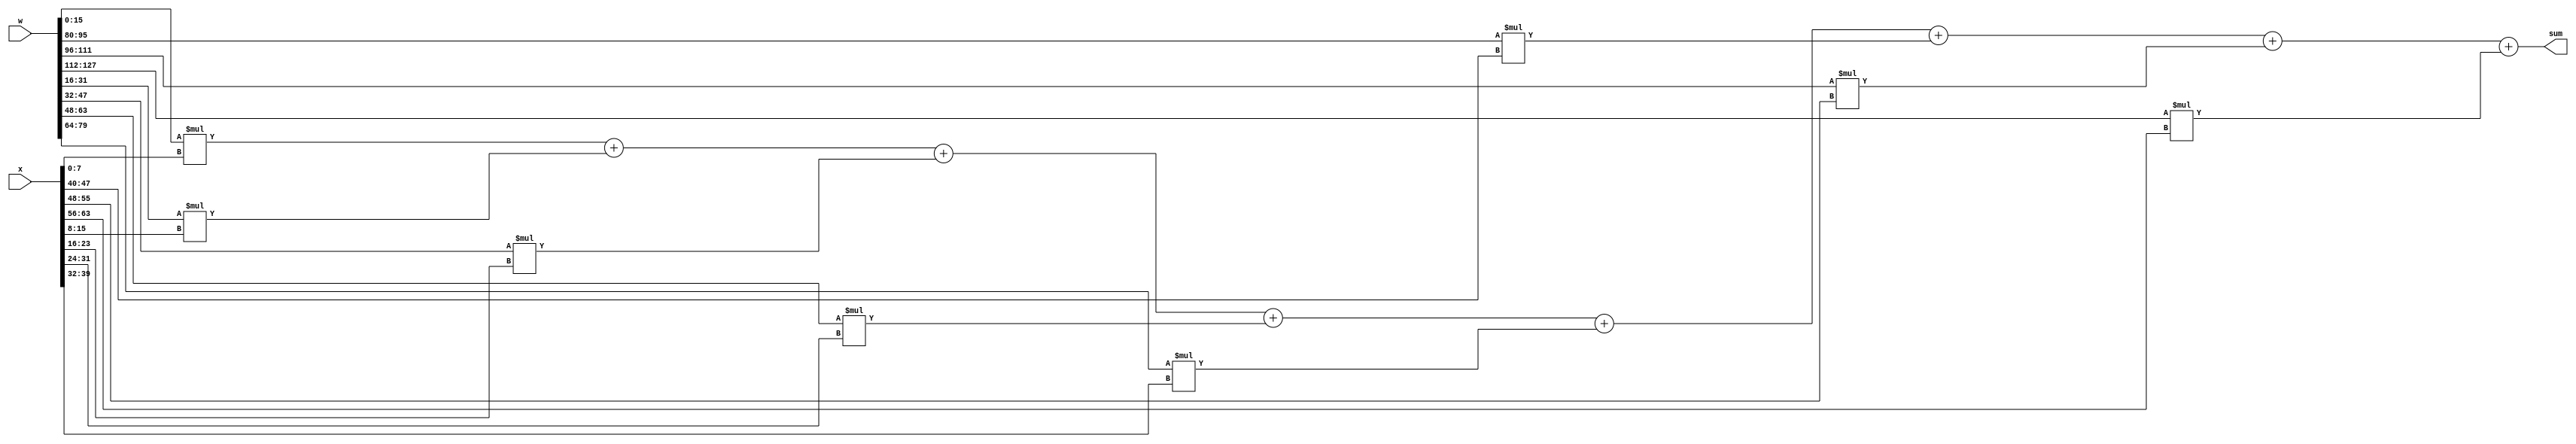
// This program was cloned from: https://github.com/VeriGOOD-ML/public
// License: Apache License 2.0

//
//      verilog template for inner product in Axiline
//

module ip#(
    parameter bitwidth =16,
	parameter inputBitwidth=8,
    parameter size=8
)(
    input[inputBitwidth*size-1:0] x,
    input[bitwidth*size-1:0] w,
    output [bitwidth-1:0]sum
);

    genvar i;
	wire [bitwidth-1:0]isum[size-1:0];
    generate
        for (i=0;i<size;i=i+1)begin: LOOP
            //wire [bitwidth-1:0]isum;
            if (i==0)begin
                assign isum[i]=w[bitwidth-1:0]*x[inputBitwidth-1:0];
            end else begin
                assign isum[i]=isum[i-1]+w[bitwidth*i+bitwidth-1:bitwidth*i]*x[inputBitwidth*i+inputBitwidth-1:inputBitwidth*i];
            end
        end
    endgenerate
    assign sum=isum[size-1];

endmodule